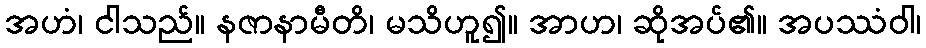
အဟံ၊ ငါသည်။ နဇာနာမီတိ၊ မသိဟူ၍။ အာဟ၊ ဆိုအပ်၏။ အပဿံဝါ၊